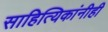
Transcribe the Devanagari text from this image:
साहित्यिकांनीही